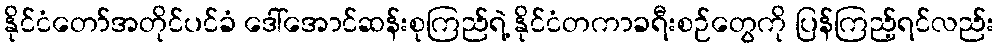
နိုင်ငံတော်အတိုင်ပင်ခံ ဒေါ်အောင်ဆန်းစုကြည်ရဲ့ နိုင်ငံတကာခရီးစဉ်တွေကို ပြန်ကြည့်ရင်လည်း